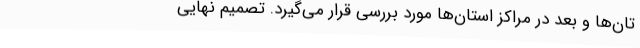
تان‌ها و بعد در مراکز استان‌ها مورد بررسی قرار می‌گیرد. تصمیم نهایی